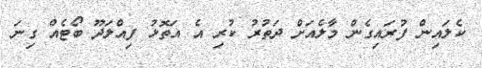
ކެލައިން ފުރައިގެން މާލެއަށް ދަތުރު ކުރި އެ އަތޮޅު ފިއްލަދޫ ބޯޓެއް ގިނަ